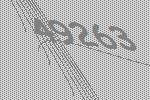
49263